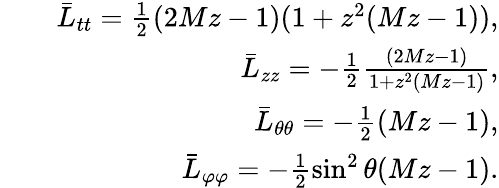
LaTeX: \begin{array}{rlr}&{}&{\bar{L}_{tt}=\frac{1}{2}(2Mz-1)(1+z^{2}(Mz-1)),}\\ &{}&{\bar{L}_{zz}=-\frac{1}{2}\frac{(2Mz-1)}{1+z^{2}(Mz-1)},}\\ &{}&{\bar{L}_{\theta\theta}=-\frac{1}{2}(Mz-1),}\\ &{}&{\bar{L}_{\varphi\varphi}=-\frac{1}{2}\sin^{2}\theta(Mz-1).}\end{array}